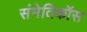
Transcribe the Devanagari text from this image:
संमेतिकॉस